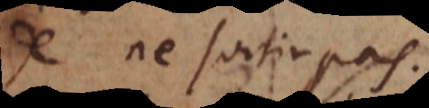
de ne sortir pas.